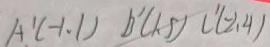
A ^ { \prime } ( - 1 . 1 ) B ^ { \prime } ( 1 . 5 ) B ^ { \prime } ( - 2 , 4 )